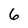
Character: 6